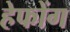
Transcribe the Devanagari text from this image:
हेफोंग